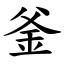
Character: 釜